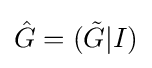
{\hat {G}}=({\tilde {G}}|I)